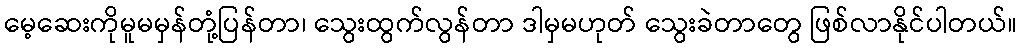
မေ့ဆေးကိုမူမမှန်တုံ့ပြန်တာ၊ သွေးထွက်လွန်တာ ဒါမှမဟုတ် သွေးခဲတာတွေ ဖြစ်လာနိုင်ပါတယ်။